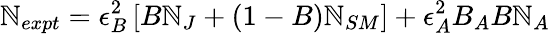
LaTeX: \mathbb{N}_{expt}=\epsilon_{B}^{2}\left[B\mathbb{N}_{J}+(1-B)\mathbb{N}_{SM}\right]+\epsilon_{A}^{2}B_{A}B\mathbb{N}_{A}